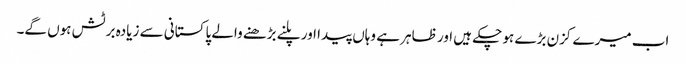
اب میرے کزن بڑے ہو چکے ہیں اور ظاہر ہے وہاں پیدا اور پلنے بڑھنے والے پاکستانی سے زیادہ برٹش ہوں گے۔